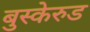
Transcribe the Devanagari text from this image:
बुस्केरुड